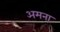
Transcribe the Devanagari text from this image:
अमना